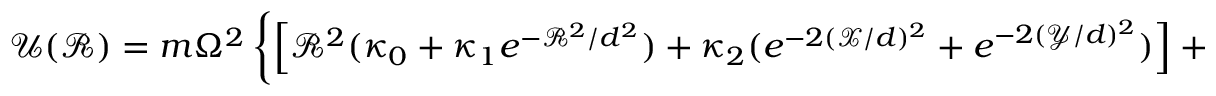
\mathcal { U } ( \mathcal { R } ) = m \Omega ^ { 2 } \left\{ \left[ \mathcal { R } ^ { 2 } ( \kappa _ { 0 } + \kappa _ { 1 } e ^ { - \mathcal { R } ^ { 2 } / d ^ { 2 } } ) + \kappa _ { 2 } ( e ^ { - 2 ( \mathcal { X } / d ) ^ { 2 } } + e ^ { - 2 ( \mathcal { Y } / d ) ^ { 2 } } ) \right] + i \kappa _ { 3 } \left( \frac { \mathcal { X } } { d } e ^ { - 2 ( \mathcal { X } / d ) ^ { 2 } } + \frac { \mathcal { Y } } { d } e ^ { - 2 ( \mathcal { Y } / d ) ^ { 2 } } \right) \right\} ,